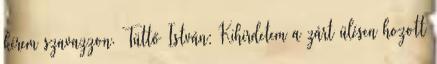
kérem szavazzon. Tüttő István: Kihirdetem a zárt ülésen hozott